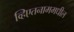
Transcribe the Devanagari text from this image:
व्हिएतनाममधील